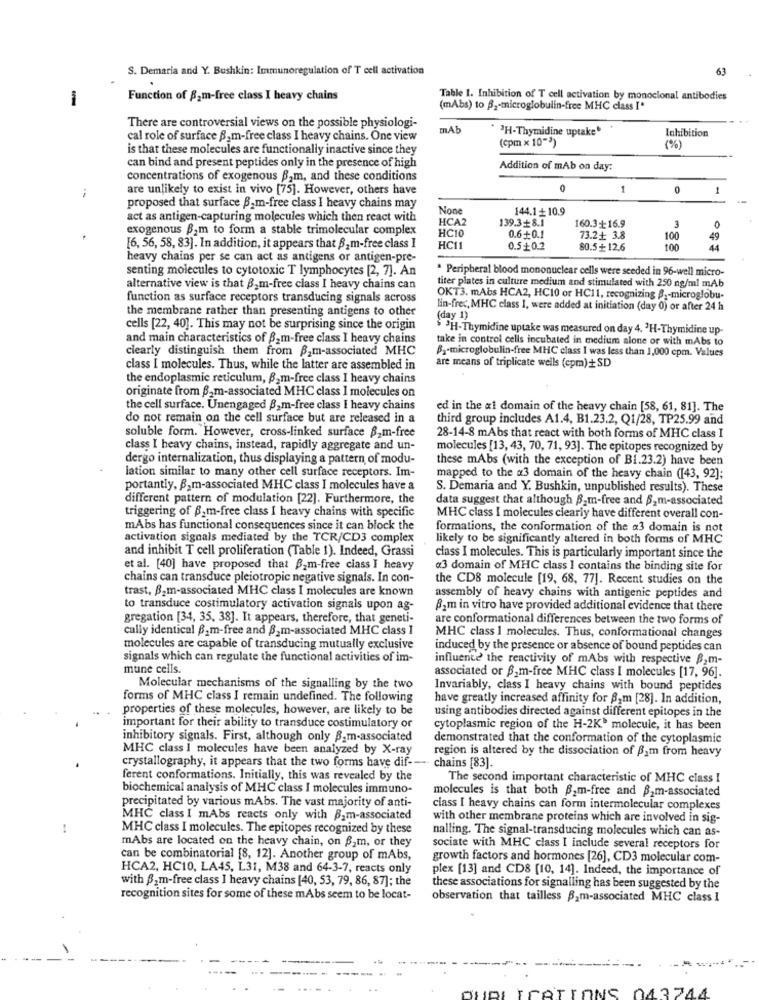
S. Demaria and Y. Bushkin: Immunoregulation of T cell activation
63
-
Function of 82m-free class I heavy chains
Table 1. Inhibition of T cell activation by monoclonal antibodies
(mAbs) to B2-microglobulin-free MHC class I'
There are controversial views on the possible physiologi-
mA
"H-Thymidine uptake
cal role of surface B.m-free class I heavy chains. One view
(cpm x 10-3)
Inhibition
is that these molecules are functionally inactive since they
(%)
can bind and present peptides only in the presence of high
Addition of mAb on day:
concentrations of exogenous B,m, and these conditions
are unlikely to exist in vivo [75]. However, others have
1
0
proposed that surface Bam-free class I heavy chains may
144.1+10.9
act as antigen-capturing molecules which then react with
HCA2
139.3+8.1
160.3+16.9
3
exogenous B2m to form a stable trimolecular complex
HC10
0.6+0.1
73.2+ 3.8
100
49
[6, 56, 58, 83]. In addition, it appears that B, m-free class I
HCI1
0.5+0.2
80.5+ 12.6
100
heavy chains per se can act as antigens or antigen-pre-
senting molecules to cytotoxic T lymphocytes [2, 7]. An
* Peripheral blood mononuclear cells were seeded in 96-well micro-
alternative view is that B2m-free class I heavy chains can
titer plates in culture medium and stimulated with 250 ng/ml mAb
function as surface receptors transducing signals across
OKT3. mAbs HCA2, HC10 or HC11, recognizing 8 ,- microglobu-
the membrane rather than presenting antigens to other
lin-frec, MHC class I, were added at initiation (day 0) or after 24 h
(day 1)
cells [22, 40]. This may not be surprising since the origin
$ 3H-Thymidine uptake was measured on day 4. 'H-Thymidine up-
and main characteristics of B.m-free class I heavy chains
take in control cells incubated in medium alone or with mAbs to
clearly distinguish them from B_m-associated MHC
B2-microglobulin-free MHC class I was less than 1,000 cpm. Values
class I molecules. Thus, while the latter are assembled in
are means of triplicate wells (epm)+ SD
the endoplasmic reticulum, B2m-free class I heavy chains
originate from B2m-associated MHC class 1 molecules on
the cell surface. Unengaged B, m-free class I heavy chains
ed in the a1 domain of the heavy chain [58, 61, 81]. The
do not remain on the cell surface but are released in a
third group includes A1.4, B1.23.2, Q1/28, TP25.99 and
soluble form. However, cross-linked surface B.m-free
28-14-8 mAbs that react with both forms of MHC class I
class I heavy chains, instead, rapidly aggregate and un-
molecules [13, 43, 70, 71, 93]. The epitopes recognized by
dergo internalization, thus displaying a pattern of modu-
these mAbs (with the exception of BI.23.2) have been
lation similar to many other cell surface receptors. Im-
mapped to the «3 domain of the heavy chain ([43, 92];
portantly, B,m-associated MHC class I molecules have a
S. Demaria and Y. Bushkin, unpublished results). These
different pattern of modulation [22]. Furthermore, the
data suggest that although B.m-free and 62m-associated
triggering of B.m-free class I heavy chains with specific
MHC class I molecules clearly have different overall con-
mAbs has functional consequences since it can block the
formations, the conformation of the a3 domain is not
activation signals mediated by the TCR/CD3 complex
likely to be significantly altered in both forms of MHC
and inhibit T cell proliferation (Table 1). Indeed, Grassi
class I molecules. This is particularly important since the
et al. [40] have proposed that 2m-free class I heavy
a3 domain of MHC class I contains the binding site for
chains can transduce pleiotropic negative signals. In con-
the CD8 molecule [19, 68, 77]. Recent studies on the
trast, B2m-associated MHC class I molecules are known
assembly of heavy chains with antigenic peptides and
to transduce costimulatory activation signals upon ag-
Bom in vitro have provided additional evidence that there
gregation [34, 35, 38]. It appears, therefore, that geneti-
are conformational differences between the two forms of
cally identical B_m-free and B2m-associated MHC class 1
MHC class 1 molecules. Thus, conformational changes
molecules are capable of transducing mutually exclusive
induced by the presence or absence of bound peptides can
signals which can regulate the functional activities of im-
influence the reactivity of mAbs with respective 82m-
mune cells.
associated or B3m-free MHC class I molecules [17, 96].
Molecular mechanisms of the signalling by the two
Invariably, class I heavy chains with bound peptides
forms of MHC class I remain undefined. The following
have greatly increased affinity for 82m [28]. In addition,
properties of these molecules, however, are likely to be
using antibodies directed against different epitopes in the
important for their ability to transduce costimulatory or
cytoplasmic region of the H-2K" molecule, it has been
inhibitory signals. First, although only B.m-associated
demonstrated that the conformation of the cytoplasmic
MHC class I molecules have been analyzed by X-ray
region is altered by the dissociation of Bam from heavy
crystallography, it appears that the two forms have dif ---
chains [83].
ferent conformations. Initially, this was revealed by the
The second important characteristic of MHC class I
biochemical analysis of MHC class I molecules immuno-
molecules is that both B2m-free and B2m-associated
precipitated by various mAbs. The vast majority of anti-
class I heavy chains can form intermolecular complexes
MHC class I mAbs reacts only with B.m-associated
with other membrane proteins which are involved in sig-
-
MHC class I molecules. The epitopes recognized by these
nalling. The signal-transducing molecules which can as-
mAbs are located on the heavy chain, on B,m, or they
sociate with MHC class I include several receptors for
can be combinatorial [8, 12]. Another group of mAbs,
growth factors and hormones [26], CD3 molecular com-
HCA2, HC10, LA45, L31, M38 and 64-3-7, reacts only
plex [13] and CD8 [10, 14]. Indeed, the importance of
with B_m-free class I heavy chains [40, 53, 79, 86, 87]; the
these associations for signalling has been suggested by the
recognition sites for some of these mAbs seem to be locat-
observation that tailless B_m-associated MHC class I
CATIONS 043744